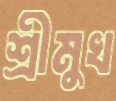
শ্রীমুখ